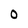
Character: O